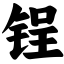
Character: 锃